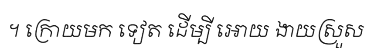
។ ក្រោយមក ទៀត ដើម្បី អោយ ងាយស្រួស